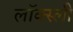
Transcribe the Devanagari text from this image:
लॉक्स्ली